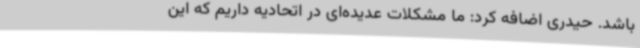
باشد. حیدری اضافه کرد: ما مشکلات عدیده‌ای در اتحادیه داریم که این